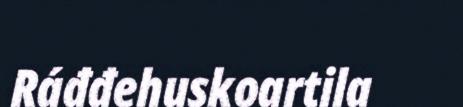
Ráđđehuskoartila